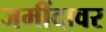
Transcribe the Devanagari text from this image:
जमींदावर